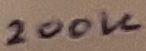
Text: 200K